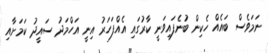
ނަމަވެސް ބައެއް ހެކިން ބުނެފައިވަނީ ކާރުގައި އެއްފަހަރު އިނީ އަހްމަދު ސައީދު ކަމަށާއި